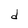
Character: d